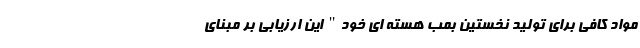
مواد کافی برای تولید نخستین بمب هسته ای خود" این ارزیابی بر مبنای